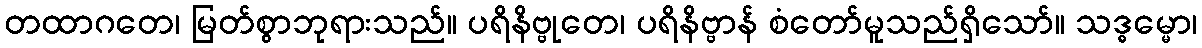
တထာဂတေ၊ မြတ်စွာဘုရားသည်။ ပရိနိဗ္ဗုတေ၊ ပရိနိဗ္ဗာန် စံတော်မူသည်ရှိသော်။ သဒ္ဓမ္မော၊